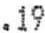
.19